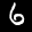
Label: 6